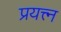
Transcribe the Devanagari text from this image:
प्रयत्त्‍न